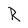
Character: R